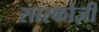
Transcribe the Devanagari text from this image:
सारकोज़ी